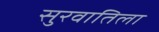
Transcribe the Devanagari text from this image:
सुरवातिला